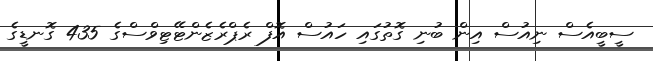
ސީބީއެސް ނިއުސް އިން ބުނި ގޮތުގައި ހައުސް އޮފް ރެޕްރެޒެންޓޭޓިވްސްގެ 435 ގޮނޑީގެ